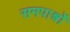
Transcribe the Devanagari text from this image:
समपार्श्वो